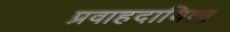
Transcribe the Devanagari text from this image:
प्रवाहदायित्व